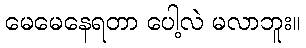
မေမေနေရတာ ပေါ့လဲ မလာဘူး။